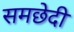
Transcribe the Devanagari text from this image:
समछेदी